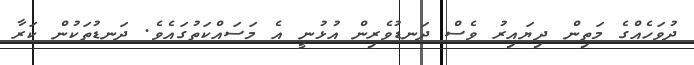
ދުވަހެއްގެ މަތިން ދިޔައިރު ވެސް ދަނޑުވެރިން އުޅުނީ އެ މަސައްކަތުގައެވެ. ދަނޑުތަކުން ކަރާ